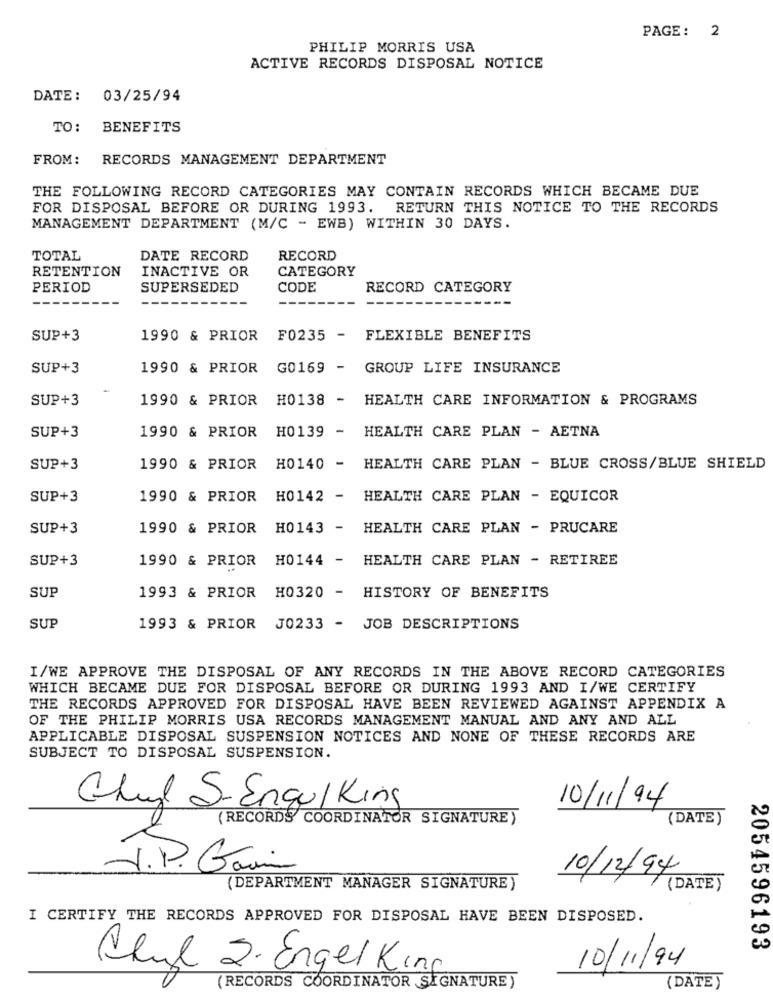
PAGE: 2
PHILIP MORRIS USA
ACTIVE RECORDS DISPOSAL NOTICE
DATE: 03/25/94
TO:
BENEFITS
FROM:
RECORDS MANAGEMENT DEPARTMENT
THE FOLLOWING RECORD CATEGORIES MAY CONTAIN RECORDS WHICH BECAME DUE
FOR DISPOSAL BEFORE OR DURING 1993.
RETURN THIS NOTICE TO THE RECORDS
MANAGEMENT DEPARTMENT (M/C - EWB) WITHIN 30 DAYS.
TOTAL
DATE RECORD
RECORD
RETENTION
INACTIVE OR
CATEGORY
PERIOD
SUPERSEDED
CODE
RECORD CATEGORY
SUP+3
1990 & PRIOR
F0235 - FLEXIBLE BENEFITS
SUP+3
1990 & PRIOR G0169 - GROUP LIFE INSURANCE
SUP+3
1990 & PRIOR
H0138 - HEALTH CARE INFORMATION & PROGRAMS
1990 & PRIOR
H0139 - HEALTH CARE PLAN - AETNA
SUP+3
SUP+3
1990 & PRIOR
H0140 - HEALTH CARE PLAN - BLUE CROSS/BLUE SHIELD
SUP+3
1990 & PRIOR H0142 - HEALTH CARE PLAN - EQUICOR
SUP+3
1990 & PRIOR H0143 - HEALTH CARE PLAN - PRUCARE
SUP+3
1990 & PRIOR H0144 - HEALTH CARE PLAN - RETIREE
SUP
1993 & PRIOR H0320 - HISTORY OF BENEFITS
SUP
1993 & PRIOR J0233 - JOB DESCRIPTIONS
I/WE APPROVE THE DISPOSAL OF ANY RECORDS IN THE ABOVE RECORD CATEGORIES
WHICH BECAME DUE FOR DISPOSAL BEFORE OR DURING 1993 AND I/WE CERTIFY
THE RECORDS APPROVED FOR DISPOSAL HAVE BEEN REVIEWED AGAINST APPENDIX A
OF THE PHILIP MORRIS USA RECORDS MANAGEMENT MANUAL AND ANY AND ALL
APPLICABLE DISPOSAL SUSPENSION NOTICES AND NONE OF THESE RECORDS ARE
SUBJECT TO DISPOSAL SUSPENSION.
10/11/94
Chud S-EngulKing
(RECORDS COORDINATOR SIGNATURE)
(DATE)
J.P. Gain
10/12/94
(DEPARTMENT MANAGER SIGNATURE)
(DATE)
I CERTIFY THE RECORDS APPROVED FOR DISPOSAL HAVE BEEN DISPOSED.
2054596193
Chul 2. Engel King
10/11/94
(RECORDS COORDINATOR SIGNATURE )
(DATE)